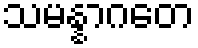
သမန္နာဂတေ